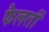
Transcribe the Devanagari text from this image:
फैलतीं